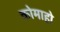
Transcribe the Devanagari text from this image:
कोमाहो